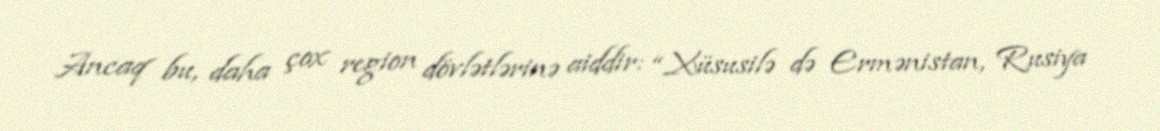
Ancaq bu, daha çox region dövlətlərinə aiddir: “Xüsusilə də Ermənistan, Rusiya